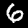
Digit: 6